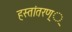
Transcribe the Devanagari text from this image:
हस्तांतरण््